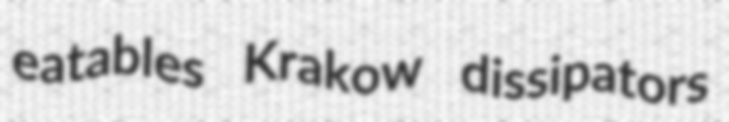
eatables Krakow dissipators